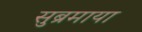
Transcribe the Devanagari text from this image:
सुब्रमाया